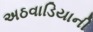
અઠવાડિયાની